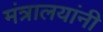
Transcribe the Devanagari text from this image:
मंत्रालयांनी